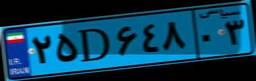
۰۰D۷۰۴۰۶